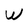
Character: W